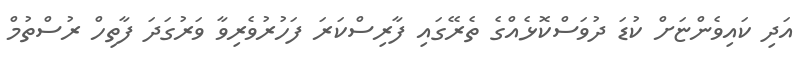
އަދި ކައިވެންޏަށް ކުޑަ ދުވަސްކޮޅެއްގެ ތެރޭގައި ފާރިސްކަރަ ފަހުރުވެރިވާ ވަރުގަދަ ފާތިހް ރުސްތުމް